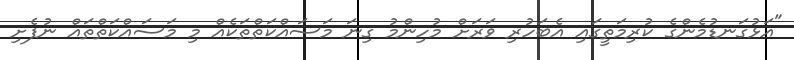
"އަޅުގަނޑުމެންގެ ކުރިމަތީގައި އެބަހުރި ވަރަށް މުހިންމު ގިނަ މަސައްކަތްތަކެއް މި މަސައްކަތްތައް ނުފެށި